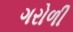
ગરોળી